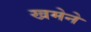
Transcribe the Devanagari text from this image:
खमेने